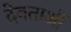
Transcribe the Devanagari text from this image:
देवताऔं